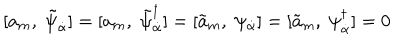
LaTeX: [ a _ { m } , \; \tilde { \psi } _ { \dot { \alpha } } ] = [ a _ { m } , \; \tilde { \psi } _ { \dot { \alpha } } ^ { \dagger } ] = [ \tilde { a } _ { m } , \; \psi _ { \dot { \alpha } } ] = [ \tilde { a } _ { m } , \; \psi _ { \dot { \alpha } } ^ { \dagger } ] = 0